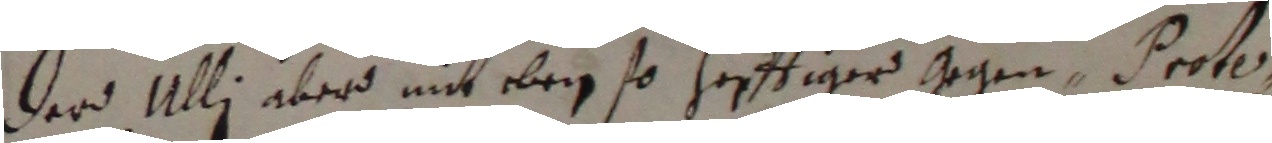
Der Ulli aberd mit aen so höfftiger gegen,groto